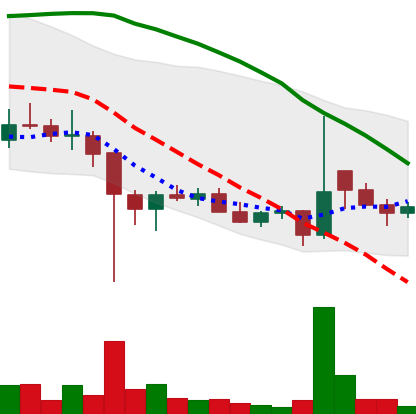
Ticker: DOGE-USD
Chart end date: 2021-12-18
Forward return: 7.013%
Label: up_7plus